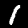
Label: 1